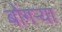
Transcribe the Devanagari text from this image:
बोंगऱ्या